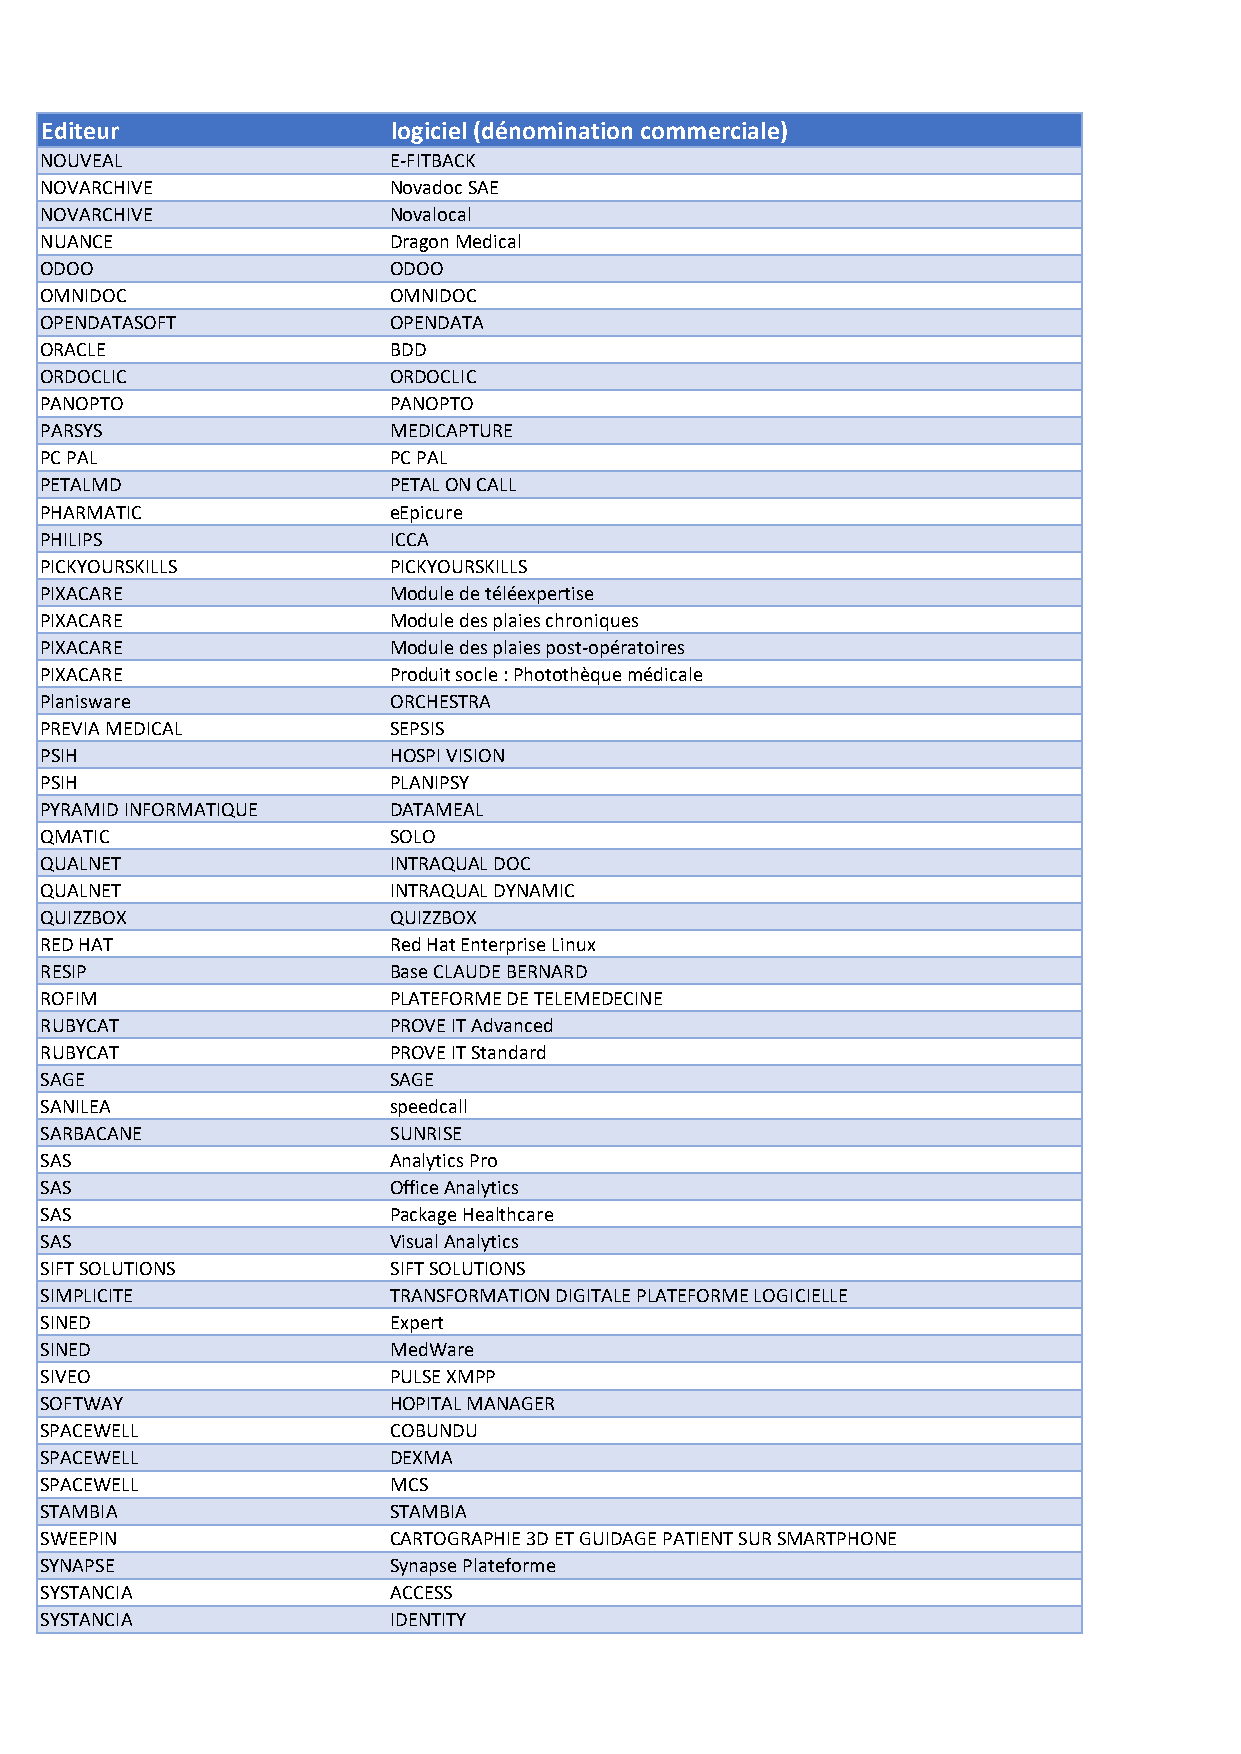
Editeur                logiciel (dénomination commerciale)
 NOUVEAL                E-FITBACK
 NOVARCHIVE             Novadoc SAE
 NOVARCHIVE             Novalocal
 NUANCE                 Dragon Medical
 ODOO                   ODOO
 OMNIDOC                OMNIDOC
 OPENDATASOFT           OPENDATA
 ORACLE                 BDD
 ORDOCLIC               ORDOCLIC
 PANOPTO                PANOPTO
 PARSYS                 MEDICAPTURE
 PC PAL                 PC PAL
 PETALMD                PETAL ON CALL
 PHARMATIC              eEpicure
 PHILIPS                ICCA
 PICKYOURSKILLS         PICKYOURSKILLS
 PIXACARE               Module de téléexpertise
 PIXACARE               Module des plaies chroniques
 PIXACARE               Module des plaies post-opératoires
 PIXACARE               Produit socle : Photothèque médicale
 Planisware             ORCHESTRA
 PREVIA MEDICAL         SEPSIS
 PSIH                   HOSPI VISION
 PSIH                   PLANIPSY
 PYRAMID INFORMATIQUE   DATAMEAL
 QMATIC                 SOLO
 QUALNET                INTRAQUAL DOC
 QUALNET                INTRAQUAL DYNAMIC
 QUIZZBOX               QUIZZBOX
 RED HAT                Red Hat Enterprise Linux
 RESIP                  Base CLAUDE BERNARD
 ROFIM                  PLATEFORME DE TELEMEDECINE
 RUBYCAT                PROVE IT Advanced
 RUBYCAT                PROVE IT Standard
 SAGE                   SAGE
 SANILEA                speedcall
 SARBACANE              SUNRISE
 SAS                    Analytics Pro
 SAS                    Office Analytics
 SAS                    Package Healthcare
 SAS                    Visual Analytics
 SIFT SOLUTIONS         SIFT SOLUTIONS
 SIMPLICITE             TRANSFORMATION DIGITALE PLATEFORME LOGICIELLE
 SINED                  Expert
 SINED                  MedWare
 SIVEO                  PULSE XMPP
 SOFTWAY                HOPITAL MANAGER
 SPACEWELL              COBUNDU
 SPACEWELL              DEXMA
 SPACEWELL              MCS
 STAMBIA                STAMBIA
 SWEEPIN                CARTOGRAPHIE 3D ET GUIDAGE PATIENT SUR SMARTPHONE
 SYNAPSE                Synapse Plateforme
 SYSTANCIA              ACCESS
 SYSTANCIA              IDENTITY